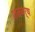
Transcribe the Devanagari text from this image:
शतबर्ष